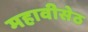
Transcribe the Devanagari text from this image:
महावीसेठ